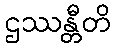
ဌဿန္တီတိ